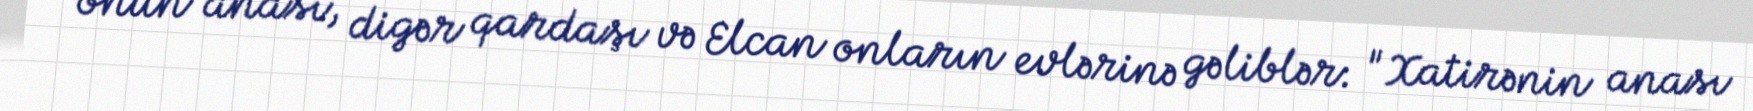
onun anası, digər qardaşı və Elcan onların evlərinə gəliblər: "Xatirənin anası